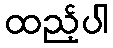
ထည့်ပါ